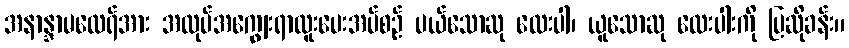
အနာန္ဒာမထေရ်အား အလုပ်အကျွေးရာထူးပေးအပ်စဉ် ပယ်သောဆု လေးပါ၊ ယူသောဆု လေးပါးကို ပြဆိုခန်း။